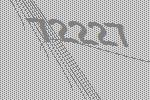
72227